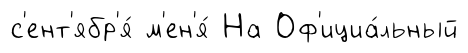
с'ент'ябр'я́ м'ен'я́ На Оф'ициа́льный